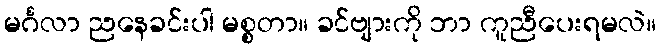
မင်္ဂလာ ညနေခင်းပါ မစ္စတာ။ ခင်ဗျားကို ဘာ ကူညီပေးရမလဲ။